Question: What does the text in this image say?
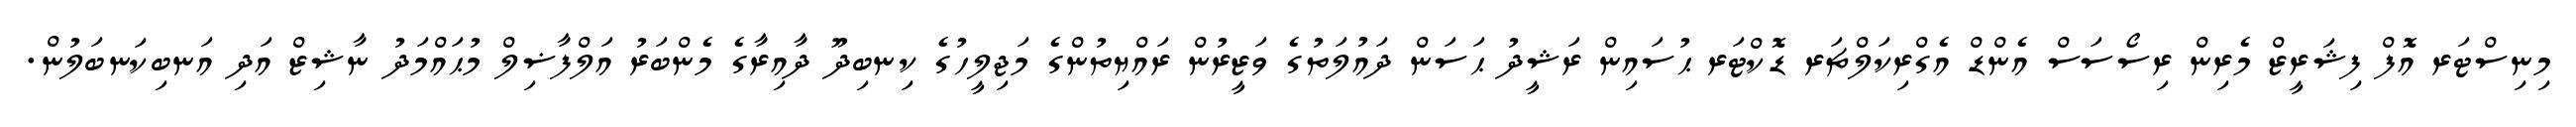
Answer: މިނިސްޓަރ އޮފް ފިޝަރީޒް މެރިން ރިސޯސަސް އެންޑް އެގްރިކަލްޗަރ ޑޮކްޓަރ ޙުސައިން ރަޝީދު ޙަސަން ދައުލަތުގެ ވަޒީރުން ރައްޔިތުންގެ މަޖިލީހުގެ ކިނބިދޫ ދާއިރާގެ މެންބަރު އަލްފާޟިލް މުޙައްމަދު ނާޝިޒް އަދި އަނބިކަނބަލުން.